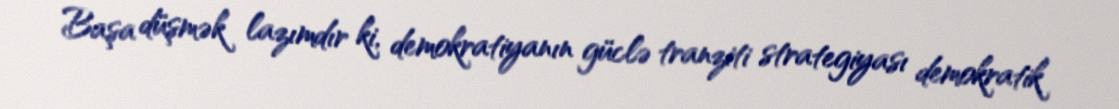
Başa düşmək lazımdır ki, demokratiyanın güclə tranziti strategiyası demokratik